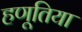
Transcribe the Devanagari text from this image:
हणूतिया